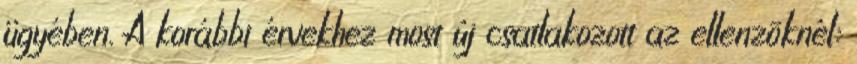
ügyében. A korábbi érvekhez most új csatlakozott az ellenzõknél: